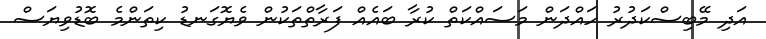
އަދި މޭބިސްކަދުރު ހައްދަން މަސައްކަތް ކުރާ ބައެއް ފަރާތްތަކުން ވެޔޮގަނޑު ކިތަންމެ ބޮޑުވިޔަސް